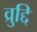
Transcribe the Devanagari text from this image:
व्रुद्दि